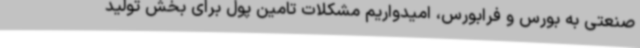
صنعتی به بورس و فرابورس، امیدواریم مشکلات تامین پول برای بخش تولید